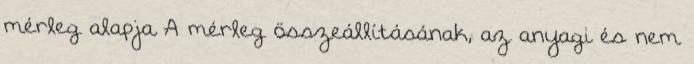
mérleg alapja A mérleg összeállításának, az anyagi és nem